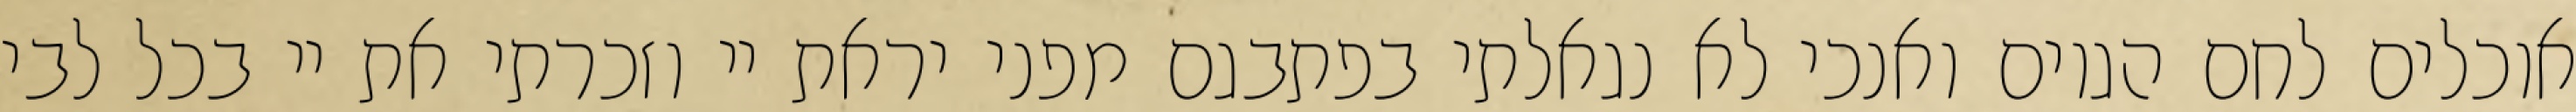
אוכלים לחם הגוים ואנכי לא נגאלתי בפתבגם מפני יראת יי וזכרתי את יי בכל לבי